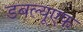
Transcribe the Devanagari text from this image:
डबल्यूएफ